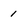
Character: 1